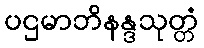
ပဌမာဘိနန္ဒသုတ္တံ